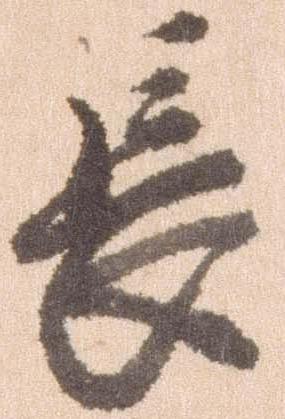
長